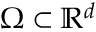
\Omega \subset \ensuremath { \mathbb { R } } ^ { d }